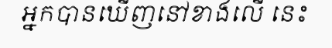
អ្នកបានឃើញនៅខាងលើ នេះ